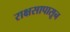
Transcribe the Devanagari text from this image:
राक्षसापासून